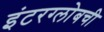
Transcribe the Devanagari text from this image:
इंटरग्लोबची